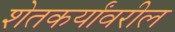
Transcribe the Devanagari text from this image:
शेतकर्यांवरील